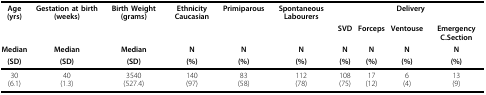
<table><thead><tr><td><b>Age (yrs)</b></td><td><b>Gestation at birth (weeks)</b></td><td><b>Birth Weight (grams)</b></td><td><b>Ethnicity Caucasian</b></td><td><b>Primiparous</b></td><td><b>Spontaneous Labourers</b></td><td colspan="4"><b>Delivery</b></td></tr><tr><td></td><td></td><td></td><td></td><td></td><td></td><td><b>SVD</b></td><td><b>Forceps</b></td><td><b>Ventouse</b></td><td><b>Emergency C.Section</b></td></tr><tr><td><b>Median</b></td><td><b>Median</b></td><td><b>Median</b></td><td><b>N</b></td><td><b>N</b></td><td><b>N</b></td><td><b>N</b></td><td><b>N</b></td><td><b>N</b></td><td><b>N</b></td></tr><tr><td><b>(SD)</b></td><td><b>(SD)</b></td><td><b>(SD)</b></td><td><b>(%)</b></td><td><b>(%)</b></td><td><b>(%)</b></td><td><b>(%)</b></td><td><b>(%)</b></td><td><b>(%)</b></td><td><b>(%)</b></td></tr></thead><tbody><tr><td>30(6.1)</td><td>40(1.3)</td><td>3540(527.4)</td><td>140(97)</td><td>83(58)</td><td>112(78)</td><td>108(75)</td><td>17(12)</td><td>6(4)</td><td>13(9)</td></tr></tbody></table>